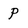
Character: P